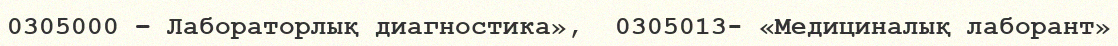
0305000 – Лабораторлық диагностика»,  0305013- «Медициналық лаборант»